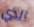
الذي